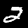
Digit: 2